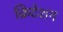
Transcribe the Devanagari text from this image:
क्रिटेशन